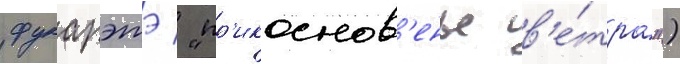
фукарэтэ / "пр'икоснов'енье в'е́тра")